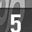
Digit: 5